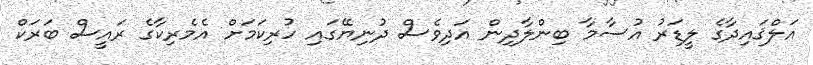
އަލްޤައިދާގެ ލީޑަރު އުސާމާ ބިންލާދިން އަދިވެސް ދުނިޔޭގައި ހުރިކަމަށް އެމެރިކާގެ ރައީސް ބަރަކް